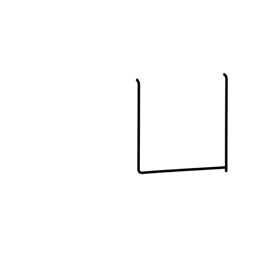
Meaning: open box radical (no. 17)